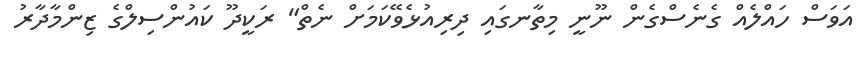
އަވަސް ހައްލެއް ގެނެސްގެން ނޫނީ މިތާނގައި ދިރިއުޅެވޭކަމަށް ނެތް" ރަކީދޫ ކައުންސިލްގެ ޒިންމާދާރު